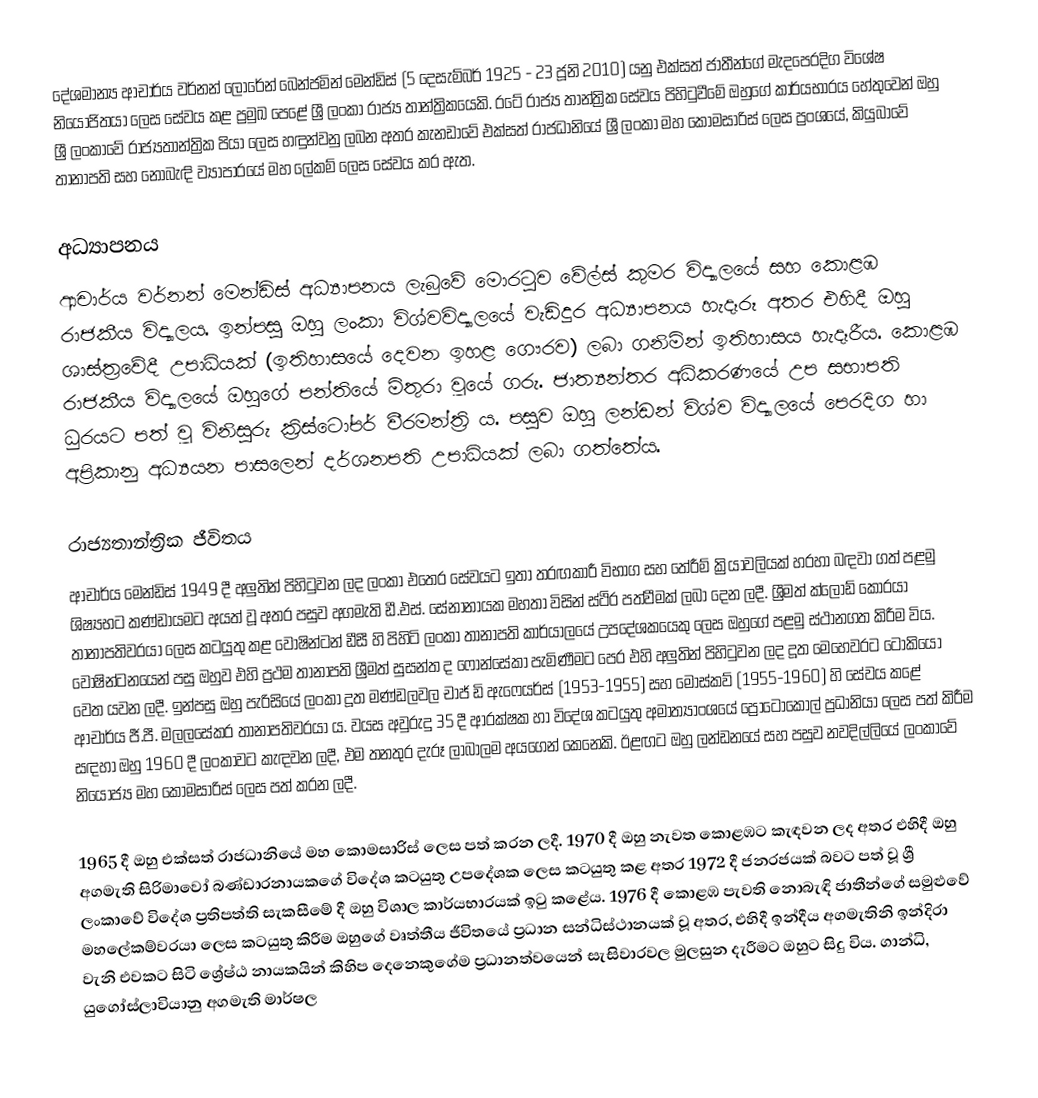
දේශමාන්‍ය ආචාර්ය වර්නන් ලොරේන් බෙන්ජමින් මෙන්ඩිස් (5 දෙසැම්බර් 1925 - 23 ජූනි 2010) යනු එක්සත් ජාතීන්ගේ මැදපෙරදිග විශේෂ නියෝජිතයා ලෙස සේවය කළ ප්‍රමුඛ පෙළේ ශ්‍රී ලංකා රාජ්‍ය තාන්ත්‍රිකයෙකි. රටේ රාජ්‍ය තාන්ත්‍රික සේවය පිහිටුවීමේ ඔහුගේ කාර්යභාරය හේතුවෙන් ඔහු ශ්‍රී ලංකාවේ රාජ්‍යතාන්ත්‍රික පියා ලෙස හඳුන්වනු ලබන අතර කැනඩාවේ එක්සත් රාජධානියේ ශ්‍රී ලංකා මහ කොමසාරිස් ලෙස ප්‍රංශයේ, කියුබාවේ තානාපති සහ නොබැඳි ව්‍යාපාරයේ මහ ලේකම් ලෙස සේවය කර ඇත.

අධ්‍යාපනය
ආචාර්ය වර්නන් මෙන්ඩිස් අධ්‍යාපනය ලැබුවේ මොරටුව වේල්ස් කුමර විද්‍යාලයේ සහ කොළඹ රාජකීය විද්‍යාලය. ඉන්පසු ඔහු ලංකා විශ්වවිද්‍යාලයේ වැඩිදුර අධ්‍යාපනය හැදෑරූ අතර එහිදී ඔහු ශාස්ත්‍රවේදී උපාධියක් (ඉතිහාසයේ දෙවන ඉහළ ගෞරව) ලබා ගනිමින් ඉතිහාසය හැදෑරීය. කොළඹ රාජකීය විද්‍යාලයේ ඔහුගේ පන්තියේ මිතුරා වූයේ ගරු. ජාත්‍යන්තර අධිකරණයේ උප සභාපති ධුරයට පත් වූ විනිසුරු ක්‍රිස්ටෝපර් වීරමන්ත්‍රි ය. පසුව ඔහු ලන්ඩන් විශ්ව විද්‍යාලයේ පෙරදිග හා අප්‍රිකානු අධ්‍යයන පාසලෙන් දර්ශනපති උපාධියක් ලබා ගත්තේය.

රාජ්‍යතාන්ත්‍රික ජීවිතය
ආචාර්ය මෙන්ඩිස් 1949 දී අලුතින් පිහිටුවන ලද ලංකා එතෙර සේවයට ඉතා තරඟකාරී විභාග සහ තේරීම් ක්‍රියාවලියක් හරහා බඳවා ගත් පළමු ශිෂ්‍යභට කණ්ඩායමට අයත් වූ අතර පසුව අගමැති ඩී.එස්. සේනානායක මහතා විසින් ස්ථිර පත්වීමක් ලබා දෙන ලදී. ශ්‍රීමත් ක්ලෝඩ් කොරයා තානාපතිවරයා ලෙස කටයුතු කළ වොෂින්ටන් ඩීසී හි පිහිටි ලංකා තානාපති කාර්යාලයේ උපදේශකයෙකු ලෙස ඔහුගේ පළමු ස්ථානගත කිරීම විය. වොෂින්ටනයෙන් පසු ඔහුව එහි ප්‍රථම තානාපති ශ්‍රීමත් සුසන්ත ද ෆොන්සේකා පැමිණීමට පෙර එහි අලුතින් පිහිටුවන ලද දූත මෙහෙවරට ටෝකියෝ වෙත යවන ලදී. ඉන්පසු ඔහු පැරිසියේ ලංකා දූත මණ්ඩලවල චාජ් ඩි ඇෆෙයර්ස් (1953-1955) සහ මොස්කව් (1955-1960) හි සේවය කළේ ආචාර්ය ජී.පී. මලලසේකර තානාපතිවරයා ය. වයස අවුරුදු 35 දී ආරක්ෂක හා විදේශ කටයුතු අමාත්‍යාංශයේ ප්‍රොටෝකෝල් ප්‍රධානියා ලෙස පත් කිරීම සඳහා ඔහු 1960 දී ලංකාවට කැඳවන ලදී, එම තනතුර දැරූ ලාබාලම අයගෙන් කෙනෙකි. ඊළඟට ඔහු ලන්ඩනයේ සහ පසුව නවදිල්ලියේ ලංකාවේ නියෝජ්‍ය මහ කොමසාරිස් ලෙස පත් කරන ලදී.

1965 දී ඔහු එක්සත් රාජධානියේ මහ කොමසාරිස් ලෙස පත් කරන ලදී. 1970 දී ඔහු නැවත කොළඹට කැඳවන ලද අතර එහිදී ඔහු අගමැති සිරිමාවෝ බණ්ඩාරනායකගේ විදේශ කටයුතු උපදේශක ලෙස කටයුතු කළ අතර 1972 දී ජනරජයක් බවට පත් වූ ශ්‍රී ලංකාවේ විදේශ ප්‍රතිපත්ති සැකසීමේ දී ඔහු විශාල කාර්යභාරයක් ඉටු කළේය. 1976 දී කොළඹ පැවති නොබැඳි ජාතීන්ගේ සමුළුවේ මහලේකම්වරයා ලෙස කටයුතු කිරීම ඔහුගේ වෘත්තීය ජීවිතයේ ප්‍රධාන සන්ධිස්ථානයක් වූ අතර, එහිදී ඉන්දීය අගමැතිනි ඉන්දිරා වැනි එවකට සිටි ශ්‍රේෂ්ඨ නායකයින් කිහිප දෙනෙකුගේම ප්‍රධානත්වයෙන් සැසිවාරවල මුලසුන දැරීමට ඔහුට සිදු විය. ගාන්ධි, යුගෝස්ලාවියානු අගමැති මාර්ෂල